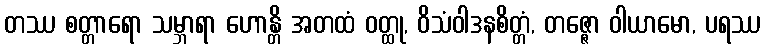
တဿ စတ္တာရော သမ္ဘာရာ ဟောန္တိ အတထံ ဝတ္ထု, ဝိသံဝါဒနစိတ္တံ, တဇ္ဇော ဝါယာမော, ပရဿ